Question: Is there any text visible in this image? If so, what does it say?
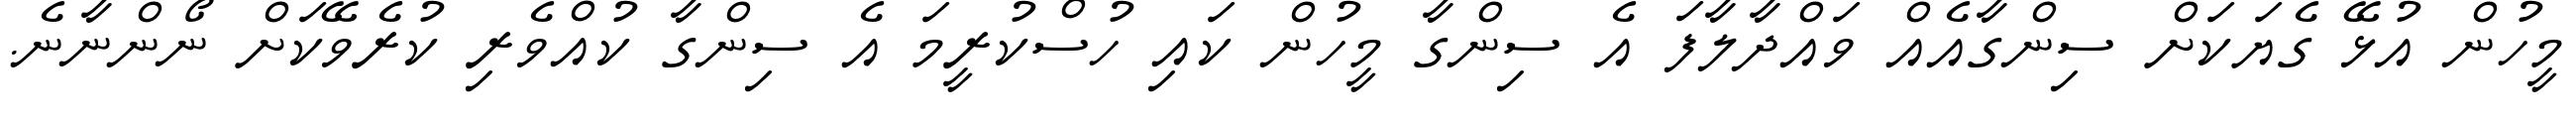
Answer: މީހުން އުޅޭ ގެޔަކަށް ސިންގާއެއް ވައްދާލާފަ އެ ސިންގާ މީހުން ކައި ހުސްކުރީމަ އެ ސިންގާ ކުއްވެރި ކުރެވޭކަށް ނޯންނާނެ.